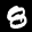
Label: 8